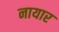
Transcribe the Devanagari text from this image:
नायार